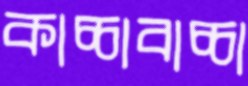
কাচ্চাবাচ্চা